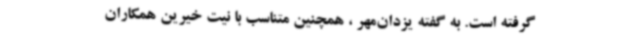
گرفته است. به گفته یزدان‌مهر ، همچنین متناسب با نیت خیرین همکاران